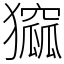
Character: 㺠